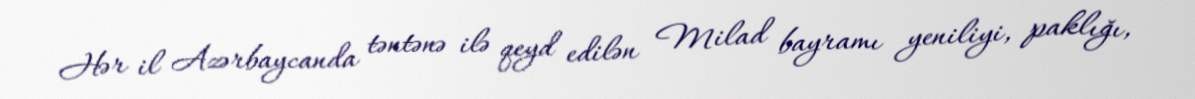
Hər il Azərbaycanda təntənə ilə qeyd edilən Milad bayramı yeniliyi, paklığı,